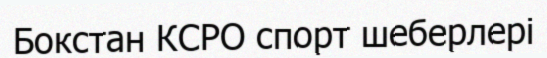
Бокстан КСРО спорт шеберлері